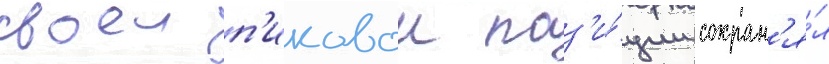
своеи п'иковои поз'и́ции сохран'я́л